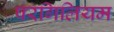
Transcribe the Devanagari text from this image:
परगिलियम